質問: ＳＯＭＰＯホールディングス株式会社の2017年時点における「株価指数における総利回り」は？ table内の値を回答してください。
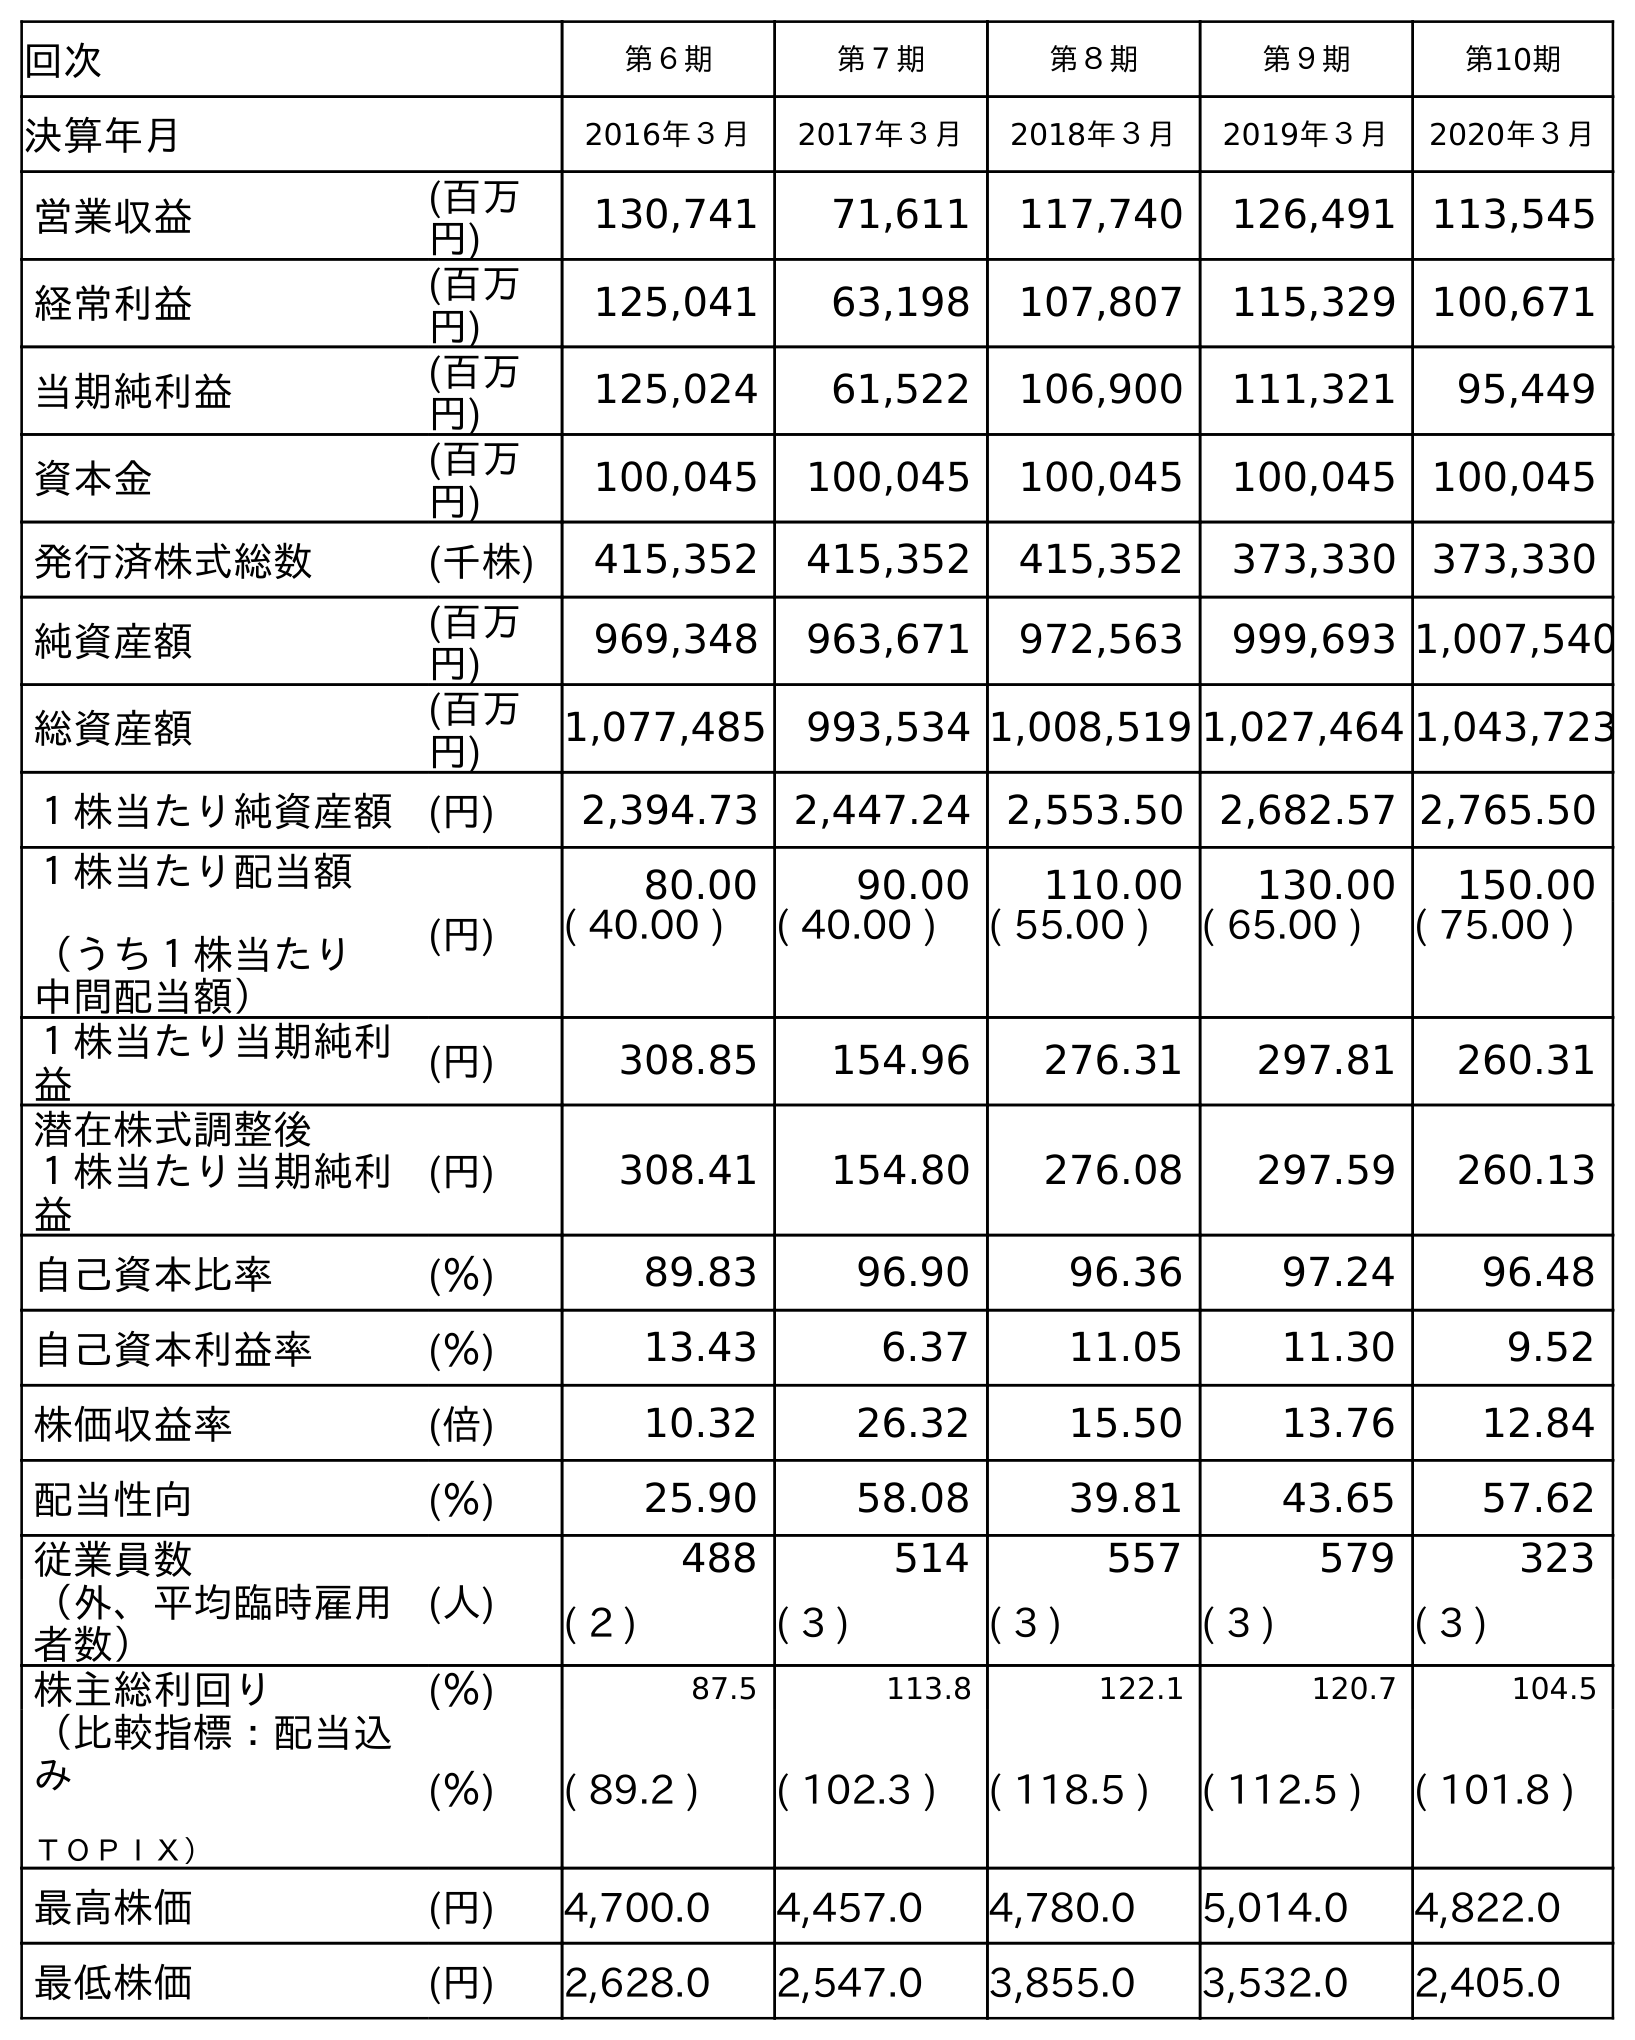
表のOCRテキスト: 回次 第６期 第７期 第８期 第９期 第10期 決算年月 2016年３月 2017年３月 2018年３月 2019年３月 2020年３月 営業収益 (百万 円) 130,741 71,611 117,740 126,491 113,545 経常利益 (百万 円) 125,041 63,198 107,807 115,329 100,671 当期純利益 (百万 円) 125,024 61,522 106,900 111,321 95,449 資本金 (百万 円) 100,045 100,045 100,045 100,045 100,045 発行済株式総数 (千株) 415,352 415,352 415,352 373,330 373,330 純資産額 (百万 円) 969,348 963,671 972,563 999,693 1,007,540 総資産額 (百万 円) 1,077,485 993,534 1,008,519 1,027,464 1,043,723 １株当たり純資産額 (円) 2,394.73 2,447.24 2,553.50 2,682.57 2,765.50 １株当たり配当額 （うち１株当たり 中間配当額） (円) 80.00 90.00 110.00 130.00 150.00 ( 40.00 ) ( 40.00 ) ( 55.00 ) ( 65.00 ) ( 75.00 ) １株当たり当期純利 益 (円) 308.85 154.96 276.31 297.81 260.31 潜在株式調整後 １株当たり当期純利 益 (円) 308.41 154.80 276.08 297.59 260.13 自己資本比率 (％) 89.83 96.90 96.36 97.24 96.48 自己資本利益率 (％) 13.43 6.37 11.05 11.30 9.52 株価収益率 (倍) 10.32 26.32 15.50 13.76 12.84 配当性向 (％) 25.90 58.08 39.81 43.65 57.62 従業員数 (人) 488 514 557 579 323 （外、平均臨時雇用 者数） ( 2 ) ( 3 ) ( 3 ) ( 3 ) ( 3 ) 株主総利回り (％) 87.5 113.8 122.1 120.7 104.5 （比較指標：配当込 み ＴＯＰＩＸ） (％) ( 89.2 ) ( 102.3 ) ( 118.5 ) ( 112.5 ) ( 101.8 ) 最高株価 (円) 4,700.0 4,457.0 4,780.0 5,014.0 4,822.0 最低株価 (円) 2,628.0 2,547.0 3,855.0 3,532.0 2,405.0
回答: (102.3)